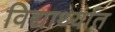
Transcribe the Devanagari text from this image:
विद्यार्थ्यात